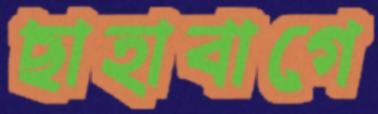
ছাহাবাগে